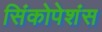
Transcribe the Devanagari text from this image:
सिंकोपेशंस